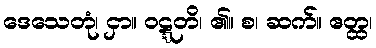
ဒေသေတုံ၊ ငှာ။ ဝဋ္ဋတိ၊ ၏။ စ၊ ဆက်။ ဧတ္ထ၊